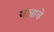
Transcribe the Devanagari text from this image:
यात्राचे